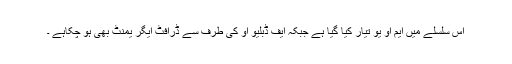
اس سلسلے میں ایم او یو تیار کیا گیا ہے جبکہ ایف ڈبلیو او کی طرف سے ڈرافٹ ایگر یمنٹ بھی ہو چکاہے ۔